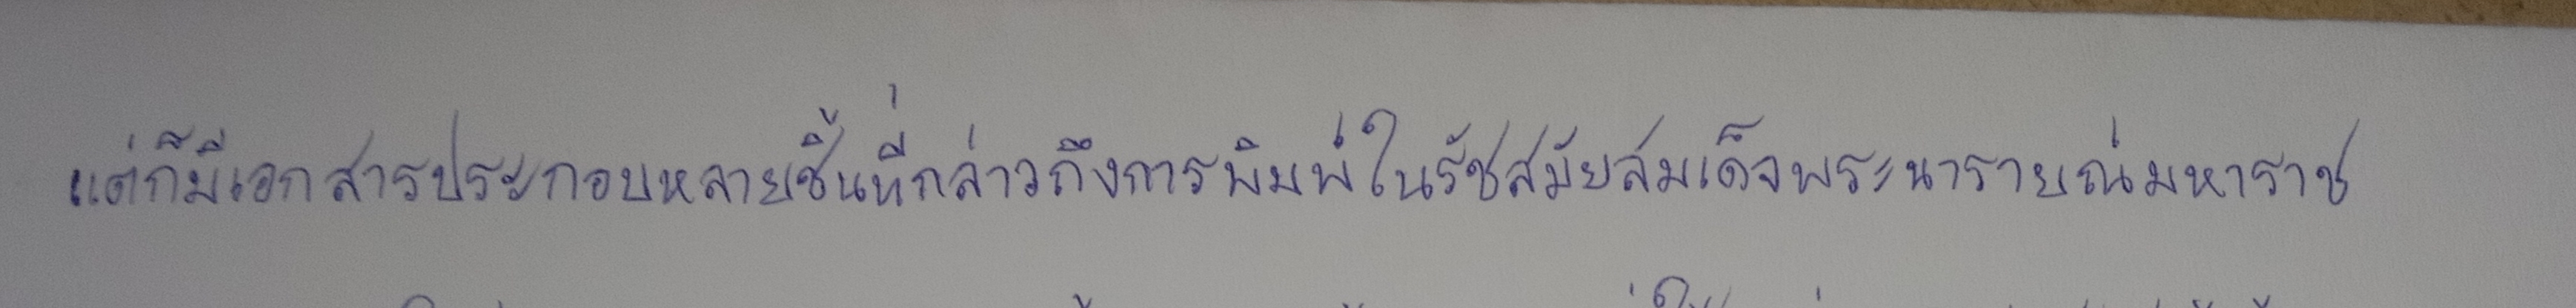
แต่ก็มีเอกสารประกอบหลายชิ้นที่กล่าวถึงการพิมพ์ในรัชสมัยสมเด็จพระนารายณ์มหาราช